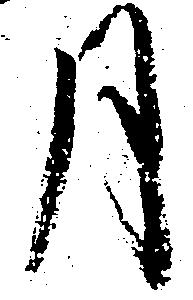
月